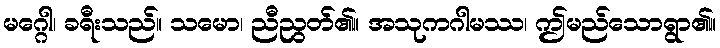
မဂ္ဂေါ၊ ခရီးသည်။ သမော၊ ညီညွတ်၏။ အသုကဂါမဿ၊ ဤမည်သောရွာ၏။